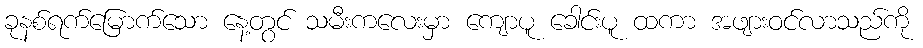
ခုနစ်ရက်မြောက်သော နေ့တွင် သမီးကလေးမှာ ကျောပူ ခေါင်းပူ ထကာ အဖျားဝင်လာသည်ကို